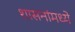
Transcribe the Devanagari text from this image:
शासनांमध्ये